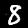
Digit: 8